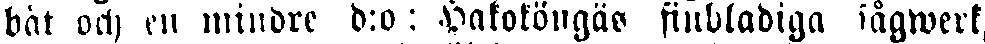
båt och en mindre d:o: Hakoköngäs finbladiga sågwerk,